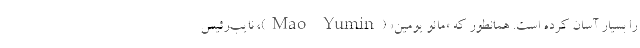
را بسیار آسان کرده است. همانطور که «مائو یومین» (Mao Yumin)، نایب‌رئیس